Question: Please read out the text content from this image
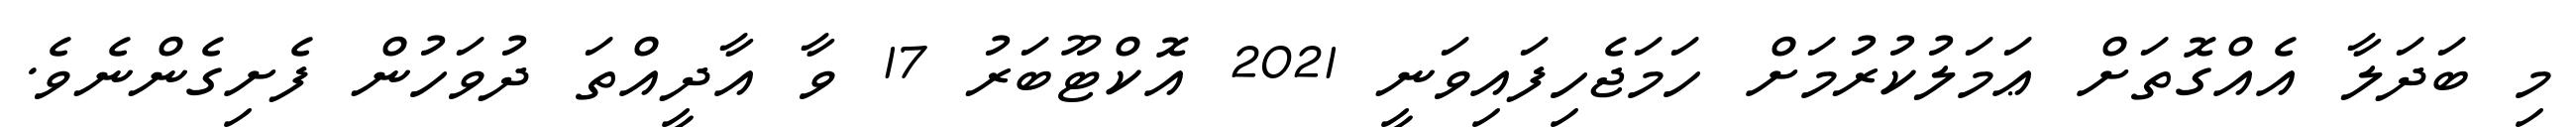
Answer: މި ބަދަލާ އެއްގޮތަށް ޢަމަލުކުރުމަށް ހަމަޖެހިފައިވަނީ 2021 އޮކްޓޫބަރު 17 ވާ އާދީއްތަ ދުވަހުން ފެށިގެންނެވެ.